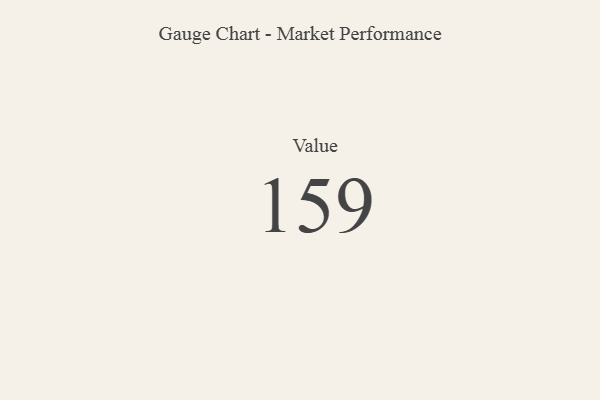
{"axis": {"x": "Metric", "y": "Value"}, "legend": [""], "data": [{"x": "Value", "y": 159, "type": ""}]}